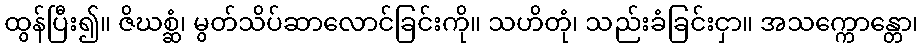
ထွန်ပြီး၍။ ဇိဃစ္ဆံ၊ မွတ်သိပ်ဆာလောင်ခြင်းကို။ သဟိတုံ၊ သည်းခံခြင်းငှာ။ အသက္ကောန္တော၊